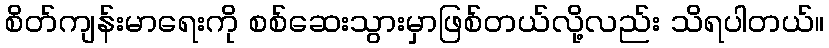
စိတ်ကျန်းမာရေးကို စစ်ဆေးသွားမှာဖြစ်တယ်လို့လည်း သိရပါတယ်။